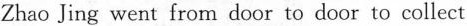
Zhao Jing went from door to door to collect